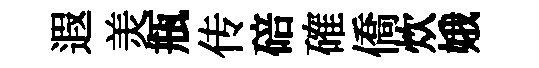
遐羙瓶传碚確僑炊娥